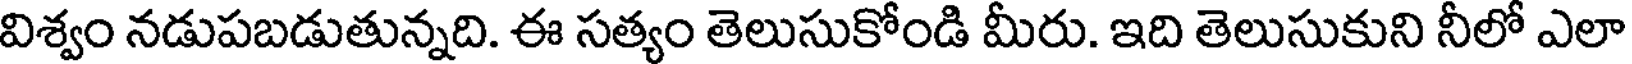
విశ్వం నడుపబడుతున్నది. ఈ సత్యం తెలుసుకోండి మీరు. ఇది తెలుసుకుని నీలో ఎలా